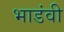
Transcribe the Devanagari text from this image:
भाडंवी